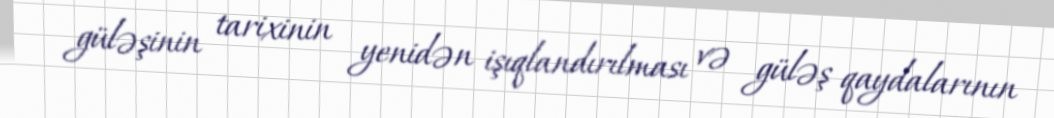
güləşinin tarixinin yenidən işıqlandırılması və güləş qaydalarının